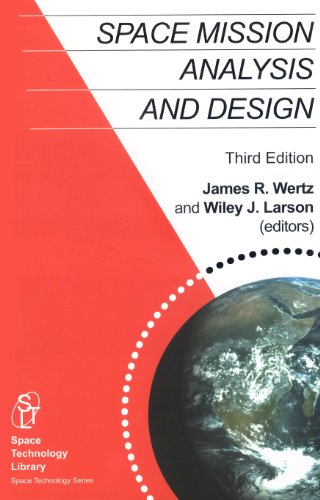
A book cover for Space Mission Analysis and Design, 3rd edition (Space Technology Library, Vol. 8); Engineering & Transportation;